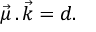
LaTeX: { \vec { \mu } } \, . \, { \vec { k } } = d .